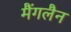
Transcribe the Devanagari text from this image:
मैंगलैन